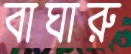
বাঘারু